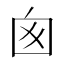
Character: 囪